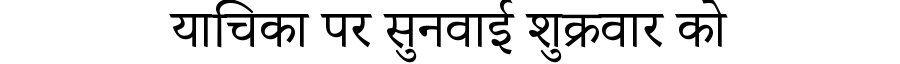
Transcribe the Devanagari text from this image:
याचिका पर सुनवाई शुक्रवार को